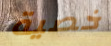
خصية